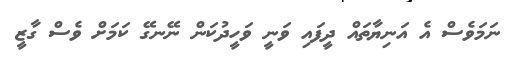
ނަމަވެސް އެ އަނިޔާތައް ދީފައި ވަނީ ވަހީދުކަން ނޭނގޭ ކަމަށް ވެސް ގާޒީ